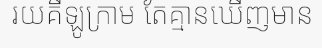
រយគីឡូក្រាម តែគ្មានឃើញមាន